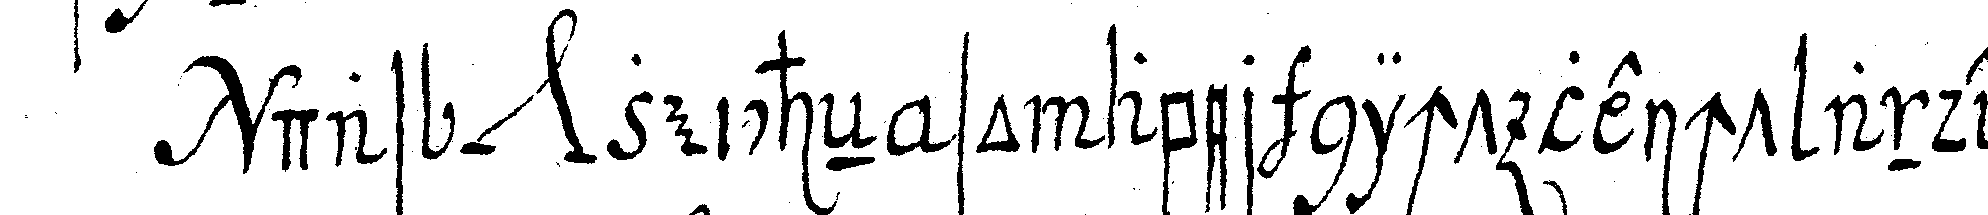
das *nee* zeicheN so aber nicht leicht anderst